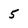
Character: 5